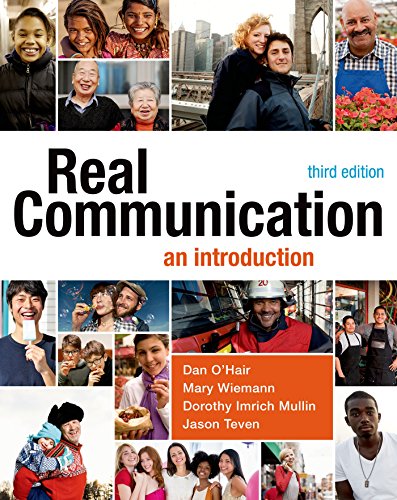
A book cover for Real Communication: An Introduction; Dan O'Hair; Politics & Social Sciences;